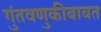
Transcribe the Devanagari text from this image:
गुंतवणुकीबाबत